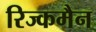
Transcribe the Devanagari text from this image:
रिज्कमैन